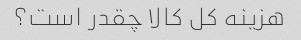
هزینه کل کالا چقدر است؟